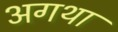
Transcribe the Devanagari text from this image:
अगथा